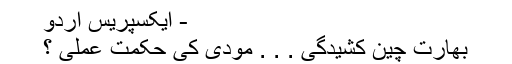
- ایکسپریس اردو
بھارت چین کشیدگی . . . مودی کی حکمت عملی ؟